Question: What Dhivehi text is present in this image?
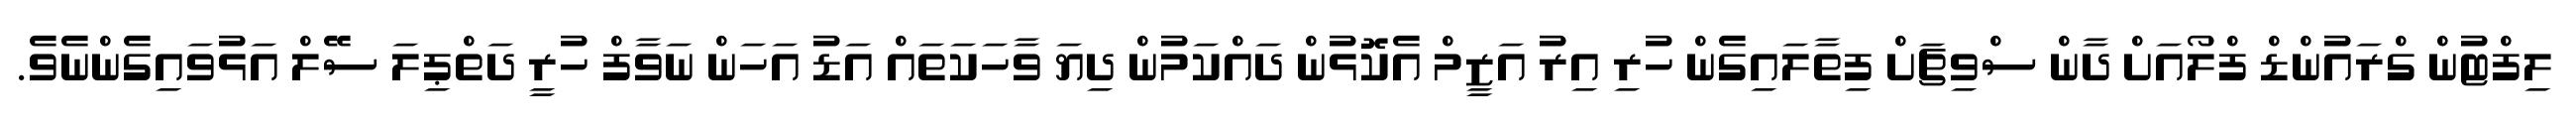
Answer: ލިފްޓުން ގްރައުންޑް ފްލޯއަށް ދާން ސްވިޗަށް ފިތާލައިގެން ހުރި އިރު އަޒީމް އެކޮޅުން ދައްކަމުން ދިޔަ ވާހަކަތައް އަޑު އަހަން ނަވާފް ހުރީ ދަތްޕިލަ ސޭލް އަޅުވައިގެންނެވެ.